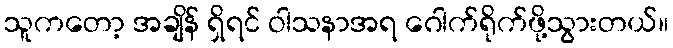
သူကတော့ အချိန် ရှိရင် ဝါသနာအရ ဂေါက်ရိုက်ဖို့သွားတယ်။